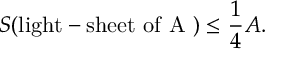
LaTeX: S ( \mathrm { l i g h t - s h e e t ~ o f ~ A ~ } ) \leq \frac { 1 } { 4 } A .